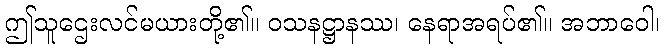
ဤသူဌေးလင်မယားတို့၏။ ဝသနဋ္ဌာနဿ၊ နေရာအရပ်၏။ အဘာဝေါ၊